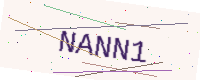
Text: NANN1